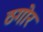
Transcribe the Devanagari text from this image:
ठगोर